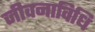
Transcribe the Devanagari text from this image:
जीवनाविधि